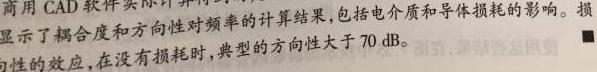
商用 CAD 软件实际计算频率的计算结果,包括电介质和导体损耗的影响。损显示了耦合度和方向性对频率的计算,在没有损耗时,典型的方向性大于 70 dB。